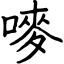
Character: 嘜